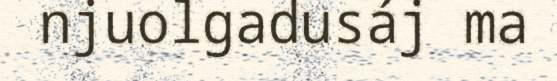
njuolgadusáj ma